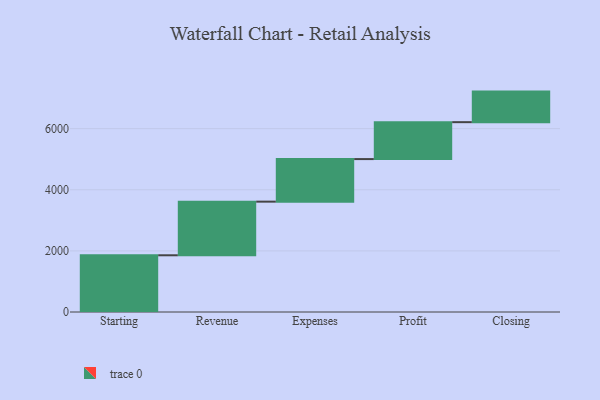
{"axis": {"x": "Step", "y": "Value"}, "legend": [""], "data": [{"x": "Starting", "y": 1856.0, "type": ""}, {"x": "Revenue", "y": 1755.0, "type": ""}, {"x": "Expenses", "y": 1393.0, "type": ""}, {"x": "Profit", "y": 1208.0, "type": ""}, {"x": "Closing", "y": 1000, "type": ""}]}